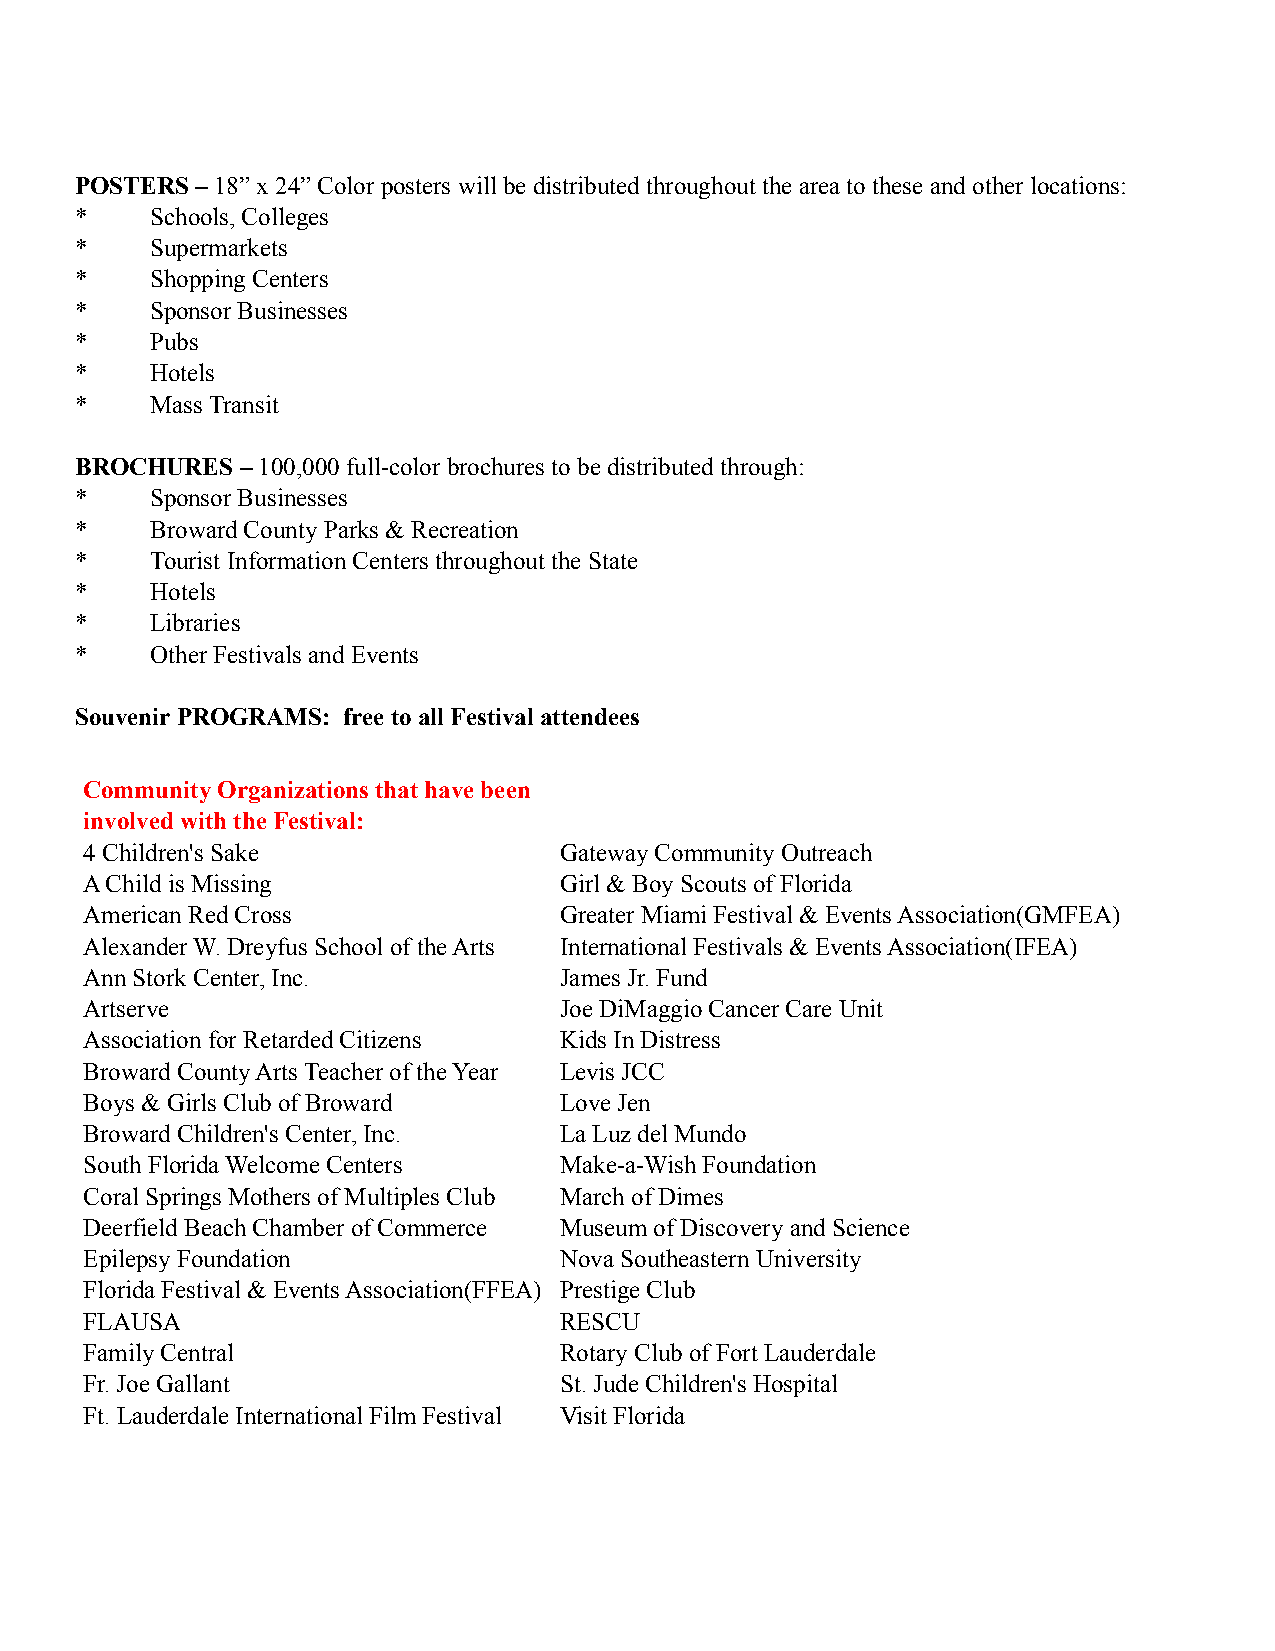
POSTERS – 18” x 24” Color posters will be distributed throughout the area to these and other locations:
 *    Schools, Colleges
 *    Supermarkets
 *    Shopping Centers
 *    Sponsor Businesses
 *    Pubs
 *    Hotels
 *    Mass Transit
 BROCHURES  – 100,000 full-color brochures to be distributed through:
 *    Sponsor Businesses
 *    Broward County Parks & Recreation
 *    Tourist Information Centers throughout the State
 *    Hotels
 *    Libraries
 *    Other Festivals and Events
 Souvenir PROGRAMS: free to all Festival attendees
 Community Organizations that have been
 involved with the Festival:
 4 Children's Sake              Gateway Community Outreach
 A Child is Missing             Girl & Boy Scouts of Florida
 American Red Cross             Greater Miami Festival & Events Association(GMFEA)
 Alexander W. Dreyfus School of the Arts International Festivals & Events Association(IFEA)
 Ann Stork Center, Inc.         James Jr. Fund
 Artserve                       Joe DiMaggio Cancer Care Unit
 Association for Retarded Citizens Kids In Distress
 Broward County Arts Teacher of the Year Levis JCC
 Boys & Girls Club of Broward   Love Jen
 Broward Children's Center, Inc. La Luz del Mundo
 South Florida Welcome Centers  Make-a-Wish Foundation
 Coral Springs Mothers of Multiples Club March of Dimes
 Deerfield Beach Chamber of Commerce Museum of Discovery and Science
 Epilepsy Foundation            Nova Southeastern University
 Florida Festival & Events Association(FFEA) Prestige Club
 FLAUSA                         RESCU
 Family Central                 Rotary Club of Fort Lauderdale
 Fr. Joe Gallant                St. Jude Children's Hospital
 Ft. Lauderdale International Film Festival Visit Florida